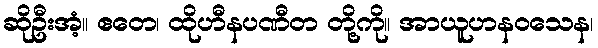
ဆိုဦးအံ့။ ဧတေ၊ ထိုဟီနပဏီတ တို့ကို။ အာယူဟနဝသေန၊